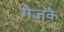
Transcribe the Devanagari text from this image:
गेजके